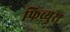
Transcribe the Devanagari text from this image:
फिच्युरा